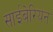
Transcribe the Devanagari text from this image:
साईबेरियन